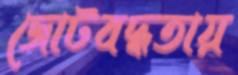
জোটবদ্ধতায়